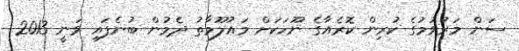
ސަން މަރުވުމުގެ ކުރިން ކޮރެއާގެ ނޫހަކަށް މައުލޫމާތު ދެމުން ބުނެފައި ވަނީ 2013